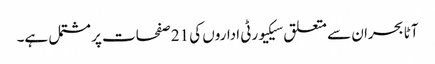
آٹا بحران سے متعلق سیکیورٹی اداروں کی 21 صفحات پر مشتمل ہے۔